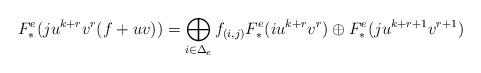
LaTeX: \begin{align*} F_*^e( ju^{k+r}v^r(f+uv))= \bigoplus_{i\in\Delta_e}f_{(i,j)}F_*^e(iu^{k+r}v^{r}) \oplus F_*^e(ju^{k+r+1}v^{r+1})\end{align*}